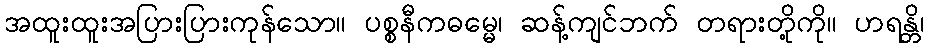
အထူးထူးအပြားပြားကုန်သော။ ပစ္စနီကဓမ္မေ၊ ဆန့်ကျင်ဘက် တရားတို့ကို။ ဟရန္တိ၊